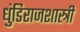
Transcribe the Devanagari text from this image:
धुंडिराजशास्त्री